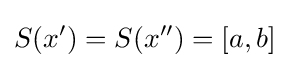
S(x')=S(x'')=[a,b]